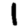
Digit: 1